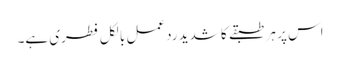
اس پر ہر طبقے کا شدید ردعمل بالکل فطری ہے۔